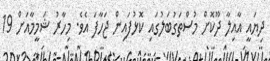
ދިޔައީ އާއިލާ ދޫކޮށް މުސްތަގުބަލުގައި ކޮޅުފައިން ޖަހާފަ އެވެ. މިހާރު ޝަމީމާއަށް 19